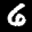
Label: 6